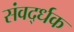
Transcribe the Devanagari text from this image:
संवर्द्धक